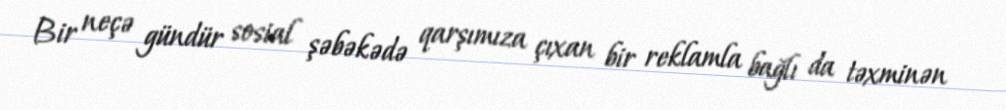
Bir neçə gündür sosial şəbəkədə qarşımıza çıxan bir reklamla bağlı da təxminən